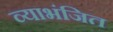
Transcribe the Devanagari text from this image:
व्याभंजित